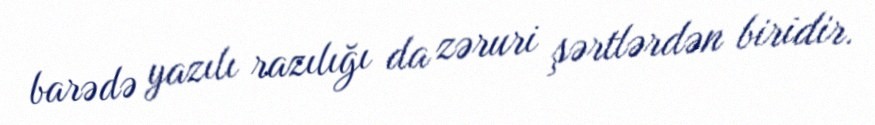
barədə yazılı razılığı da zəruri şərtlərdən biridir.